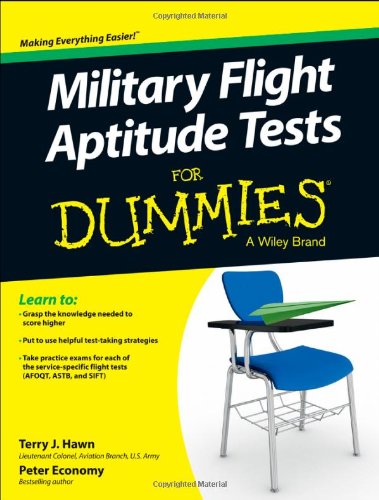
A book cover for Military Flight Aptitude Tests For Dummies; Terry J. Hawn; Test Preparation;